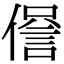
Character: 𧧹